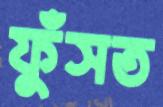
ফুঁসত